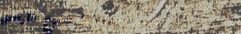
دروس خصوصية لجميع المراحل